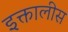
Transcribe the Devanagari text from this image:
इक्तालीस